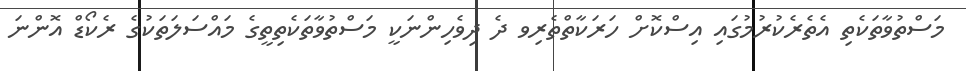
މަސްތުވާތަކެތި އެތެރެކުރުމުގައި އިސްކޮށް ހަރަކާތްތެރިވ ދެ ދިވެހިންނަކީ މަސްތުވާތަކެތިތީގެ މައްސަލަތަކުގެ ރެކޯޑް އޮންނަ